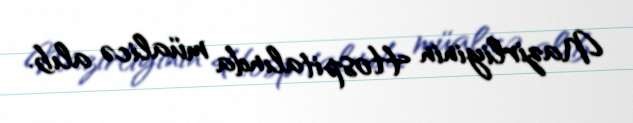
Nazirliyinin Hospitalında müalicə alıb.